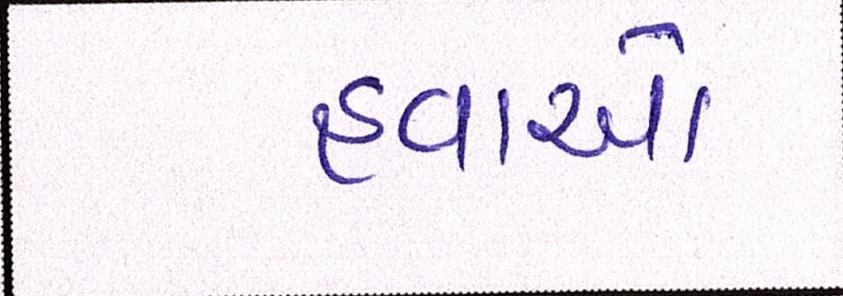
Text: હવાઓ